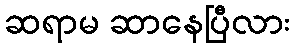
ဆရာမ ဆာနေပြီလား